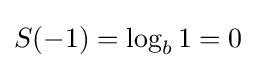
S(-1)=\log _{b}1=0